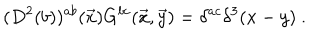
( D ^ { 2 } ( b ) ) ^ { a b } ( { \vec { x } } ) G ^ { b c } ( \vec { x } , \vec { y } ) = \delta ^ { a c } \delta ^ { 3 } ( x - y ) ~ .